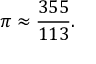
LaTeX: \pi \approx { \frac { 3 5 5 } { 1 1 3 } } .